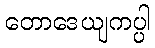
တောဒေယျကပ္ပါ